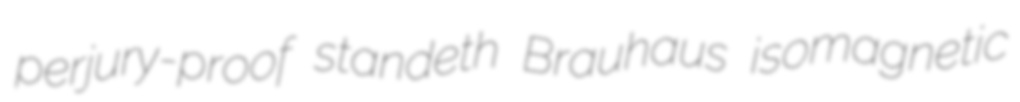
perjury-proof standeth Brauhaus isomagnetic